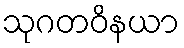
သုဂတဝိနယာ